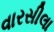
વારસીલા